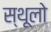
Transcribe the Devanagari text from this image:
स्थूलो